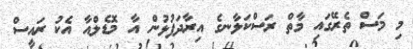
މި މަސް ތެރޭގައި މާތް ރަސްކަލާނގެ އިރާދަފުޅުން އާ މޮޑެލްއާ އެކު ރައީސް